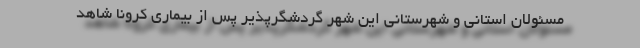
مسئولان استانی و شهرستانی این شهر گردشگرپذیر پس از بیماری کرونا شاهد